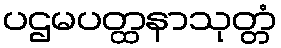
ပဌမပတ္ထနာသုတ္တံ